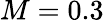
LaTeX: M=0.3